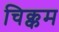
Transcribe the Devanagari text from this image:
चिक्कम